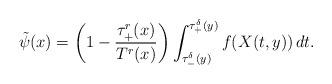
LaTeX: \begin{align*} \begin{aligned}\tilde \psi (x) = \left( 1- \frac{\tau_+^r (x)}{T^r (x)} \right) \int_{\tau_-^\delta (y)}^{\tau_+^\delta (y)} f(X(t, y)) \, dt.\end{aligned}\end{align*}